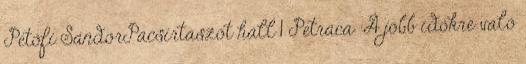
Petőfi SándorPacsírtaszót hall 1 Petraca :A jobb időkre való